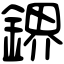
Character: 鎅